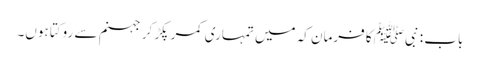
باب : نبیﷺ کا فرمان کہ میں تمہاری کمر پکڑ کر جہنم سے روکتا ہوں۔